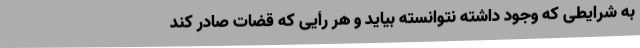
به شرایطی که وجود داشته نتوانسته بیاید و هر رأیی که قضات صادر کند